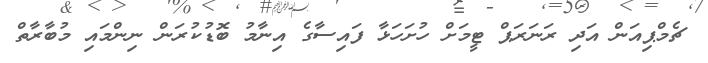
ޗެމްޕިއަން އަދި ރަނަރަޕް ޓީމަށް ހުށަހަޅާ ފައިސާގެ އިނާމު ބޮޑުކުރަން ނިންމައި މުބާރާތް